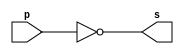
// -------------------------
// Exemplo0002 - NOT
// Nome: Luiz Marques de oliveira
// -------------------------
// -------------------------
// -- not gate
// -------------------------
module notgate (output s,input  p);
assign s = ~p;
endmodule // notgate
// -------------------------
// -- test not gate
// -------------------------
module testnotgate;
// ------------------------- dados locais
   reg    a;   // definir registrador
                   // (variavel independente)
   wire   s;   // definir conexao (fio)
                   // (variavel dependente  )
// ------------------------- instancia
   notgate NOT1 (s, a);
// ------------------------- preparacao
   initial begin:start
      a=0;
   end// ------------------------- parte principal
   initial begin
      $display("Exemplo0002 - Luiz Marques de Oliveira - 417138");
      $display("Test NOT gate");
$display("\n~a = s\n");
      a=0;
  #1  $display("~%b = %b", a, s);
      a=1;
  #1  $display("~%b = %b", a, s);
end
endmodule // testnotgate